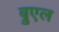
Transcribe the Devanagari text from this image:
ब्रुएल